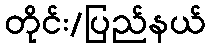
တိုင်း/ပြည်နယ်